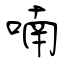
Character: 喃